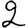
Digit: 2